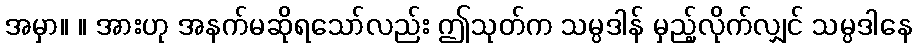
အမှာ။ ။ အားဟု အနက်မဆိုရသော်လည်း ဤသုတ်က သမ္ပဒါန် မှည့်လိုက်လျှင် သမ္ပဒါနေ